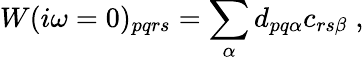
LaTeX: W(i\omega=0)_{pqrs}=\sum_{\alpha}d_{pq\alpha}c_{rs\beta}\; ,